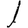
Digit: 1